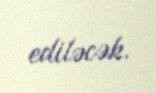
ediləcək.